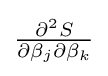
{\textstyle {\frac {\partial ^{2}S}{\partial \beta _{j}\partial \beta _{k}}}}